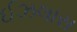
ઈઝલાસ